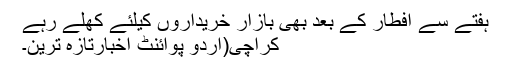
ہفتے سے افطار کے بعد بھی بازار خریداروں کیلئے کھلے رہے
کراچی(اُردو پوائنٹ اخبارتازہ ترین۔